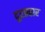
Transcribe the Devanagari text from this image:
दूरप्रहार